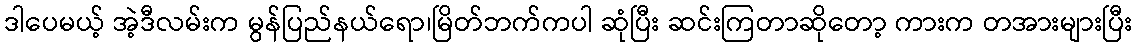
ဒါပေမယ့် အဲ့ဒီလမ်းက မွန်ပြည်နယ်ရော၊မြိတ်ဘက်ကပါ ဆုံပြီး ဆင်းကြတာဆိုတော့ ကားက တအားများပြီး